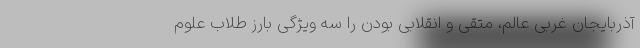
آذربایجان غربی عالم، متقی و انقلابی بودن را سه ویژگی بارز طلاب علوم